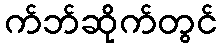
က်ဘ်ဆိုက်တွင်